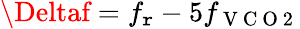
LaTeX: \Deltaf=f_{\mathtt{r}}-5f_{\mathrm{{~V~C~O~2~}}}